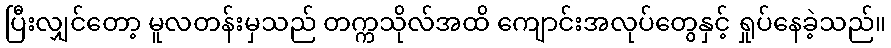
ပြီးလျှင်တော့ မူလတန်းမှသည် တက္ကသိုလ်အထိ ကျောင်းအလုပ်တွေနှင့် ရှုပ်နေခဲ့သည်။